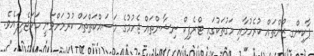
ޕާކިންގ ޒޯންތައް ކުރެހުމާއި މަގުތަކުގައި ޓްރެފިކް ނިޝާންތައް ޖެހުމުގެ މަސައްކަތްތައް ކުރުމަށްވަނީ ހަމަޖެހިފައެވެ.